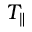
T _ { \parallel }